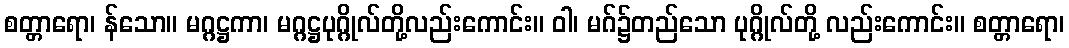
စတ္တာရော၊ န်သော။ မဂ္ဂဋ္ဌကာ၊ မဂ္ဂဋ္ဌပုဂ္ဂိုလ်တို့လည်းကောင်း။ ဝါ၊ မဂ်၌တည်သော ပုဂ္ဂိုလ်တို့ လည်းကောင်း။ စတ္တာရော၊